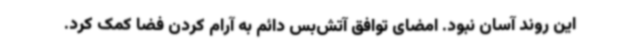
این روند آسان نبود. امضای توافق آتش‌بس دائم به آرام کردن فضا کمک کرد.